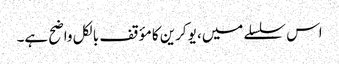
اس سلسلے میں، یوکرین کا مؤقف بالکل واضح ہے۔